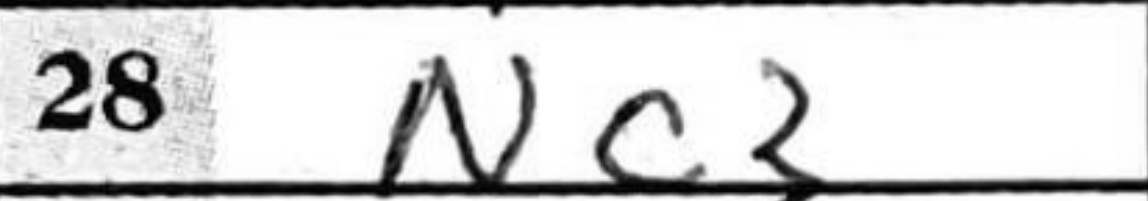
Transcription: Nc3